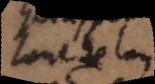
tout de luy